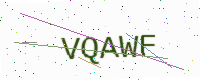
Text: VQAWF